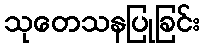
သုတေသနပြုခြင်း